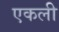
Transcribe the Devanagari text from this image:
एकली